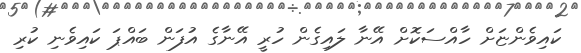
ކައިވެންޏަށް ހާއްސަކޮށް އޭނާ ލައިގެން ހުރީ އޭނާގެ އުފަން ބައްޕަ ކައިވެނި ކުރި